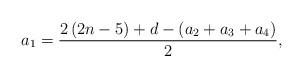
LaTeX: \begin{align*}a_1=\frac{2\left(2n-5\right)+d-\left(a_2+a_3+a_4\right)}{2}, \end{align*}